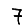
Digit: 7